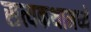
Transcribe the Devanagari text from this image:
सत्यकथामध्ये